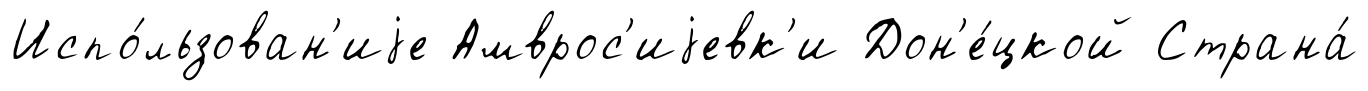
Испо́льзован'иjе Амврос'иjевк'и Дон'е́цкой Страна́